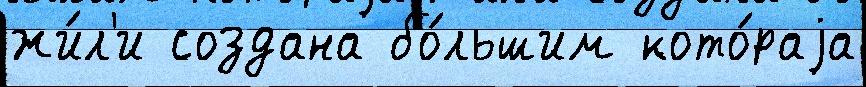
жи́л'и создана бо́льшим кото́раjа